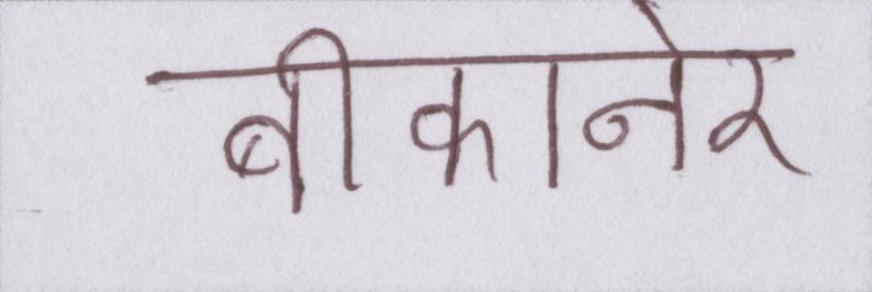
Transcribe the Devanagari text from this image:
बीकानेर